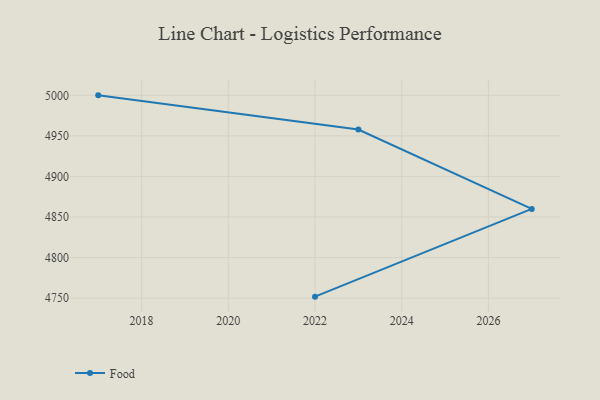
{"axis": {"x": "Year", "y": "LTV (USD)"}, "legend": ["Food"], "data": [{"x": "2022", "y": 4751.8, "type": "Food"}, {"x": "2027", "y": 4860.0, "type": "Food"}, {"x": "2023", "y": 4957.8, "type": "Food"}, {"x": "2017", "y": 5000, "type": "Food"}]}